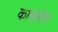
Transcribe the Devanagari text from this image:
कावसेस